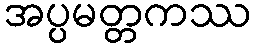
အပ္ပမတ္တကဿ